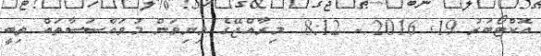
އޮކްޓޯބަރު 19